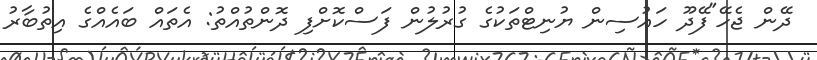
ދޭން ޖެހޭ"ފޭދޫ ހައުސިން ޔުނިޓްތަކުގެ ގުރުލުން ފަސްކޮށްފި ދޮންތުއްތު: އެތައް ބައެއްގެ އިތުބާރު